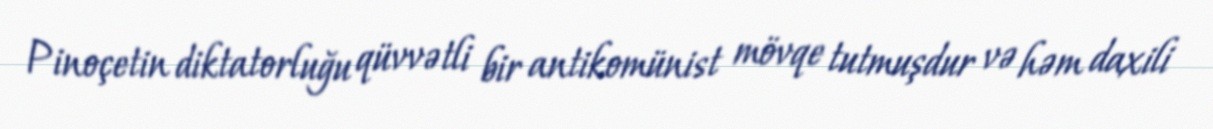
Pinoçetin diktatorluğu qüvvətli bir antikomünist mövqe tutmuşdur və həm daxili